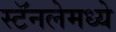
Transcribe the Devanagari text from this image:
स्टॅनलेमध्ये